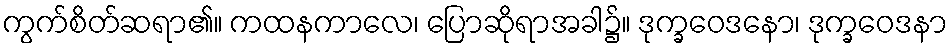
ကွက်စိတ်ဆရာ၏။ ကထနကာလေ၊ ပြောဆိုရာအခါ၌။ ဒုက္ခဝေဒနော၊ ဒုက္ခဝေဒနာ